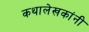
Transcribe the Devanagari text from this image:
कथालेखकांनी